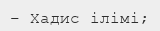
– Хадис ілімі;